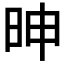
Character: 𰕼